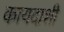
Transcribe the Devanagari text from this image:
कायदाशी